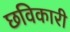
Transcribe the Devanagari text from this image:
छविकारी